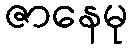
ဇာနေမု